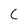
Character: C